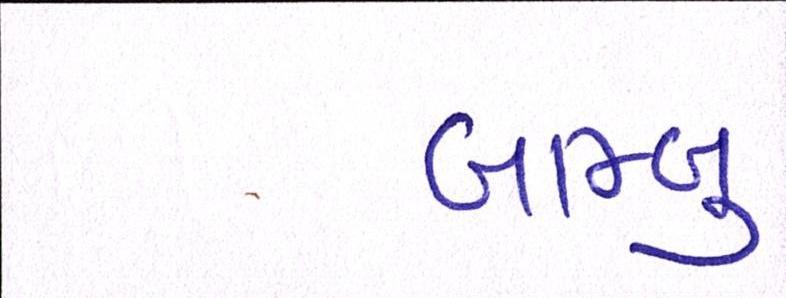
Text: બામ્બુ